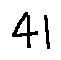
4 1